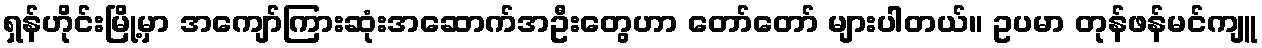
ရှန်ဟိုင်းမြို့မှာ အကျော်ကြားဆုံးအဆောက်အဦးတွေဟာ တော်တော် များပါတယ်။ ဥပမာ တုန်ဖန်မင်ကျူ